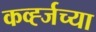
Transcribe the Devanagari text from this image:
कर्व्ह्जच्या